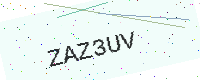
Text: ZAZ3UV